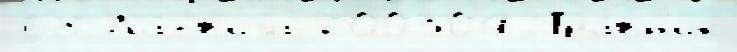
68 Ла́тв'иjа 200304 Тра́вн'ик